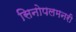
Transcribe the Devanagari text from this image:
सिनोपलमनरी